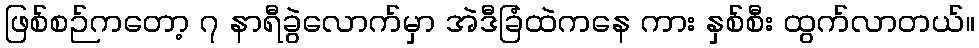
ဖြစ်စဉ်ကတော့ ၇ နာရီခွဲလောက်မှာ အဲဒီခြံထဲကနေ ကား နှစ်စီး ထွက်လာတယ်။